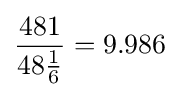
{\frac {481}{48{\frac {1}{6}}}}=9.986